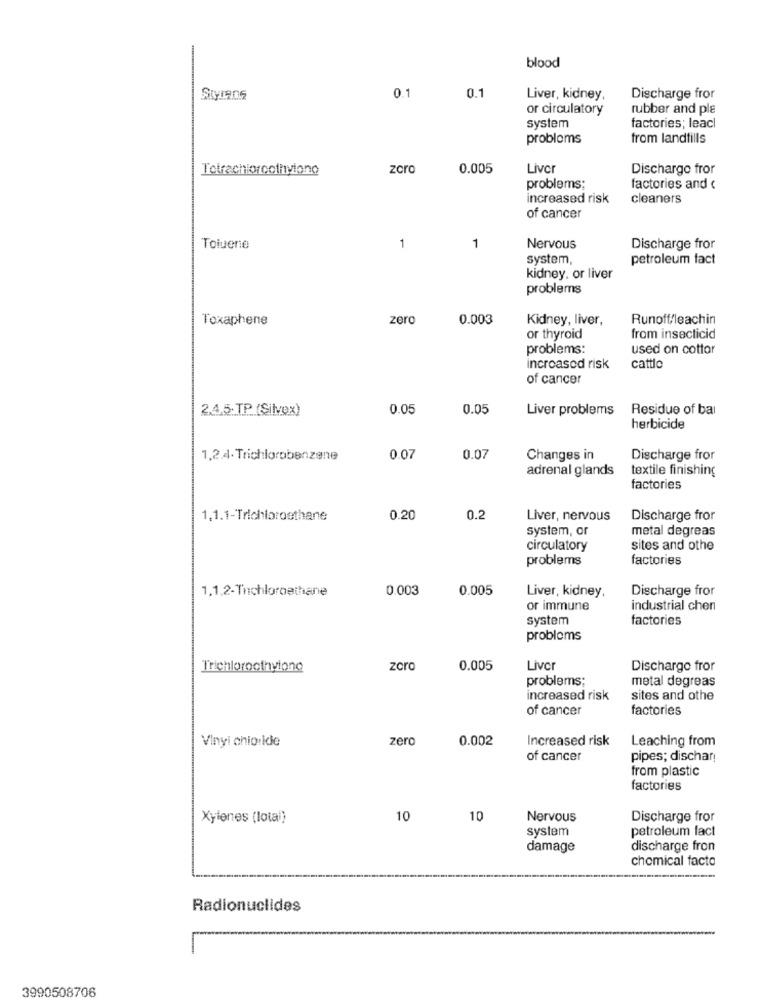
blood
0.1
0.1
Liver, kidney,
Discharge fror
or circulatory
rubber and ple
system
factories; leacl
problems
from landfills
Tetrachlorcothyiono
zoro
0.005
Liver
Discharge fror
problems;
factories and ‹
increased risk
cleaners
of cancer
Toluene
1
1
Nervous
Discharge fror
system,
petroleum fact
kidney, or liver
problems
Toxaphene
zero
0.003
Kidney, liver,
Runoff/leachin
or thyroid
from insecticid
problems:
used on cottor
increased risk
cattlo
of cancer
2.4.5. TP (Silvex)
0.05
0.05
Liver problems Residue of bal
herbicide
1.2.4. Trichlorobenzene
0.07
0.07
Changes in
Discharge fror
adrenal glands
textile finishing
factories
1.1.1-Trichloroethane
0.20
0.2
Liver, nervous
Discharge fror
system, or
metal degreas
circulatory
sites and othe
problems
factories
1,1,2-Tichloroethane
0.003
0.005
Liver, kidney,
Discharge fror
or immune
industrial chen
system
factories
problems
Trichlorootaviono
zoro
0.005
Liver
Discharge fror
problems;
metal degreas
increased risk
sites and othe
of cancer
factories
Vinyi chioride
zero
0.002
Increased risk
Leaching from
of cancer
pipes; dischar
from plastic
factories
Xylenes (lotal)
10
10
Nervous
Discharge fror
system
petroleum fact
damage
discharge fron
chemical facto
Radionuclides
3990508706